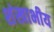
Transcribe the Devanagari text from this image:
शंखाभीय